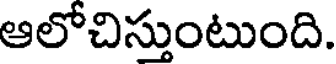
ఆలోచిస్తుంటుంది.